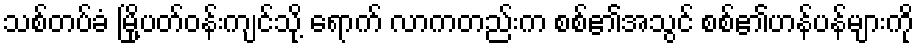
သစ်တပ်ခံ မြို့ပတ်ဝန်းကျင်သို့ ရောက် လာကတည်းက စစ်၏အသွင် စစ်၏ဟန်ပန်များကို